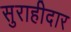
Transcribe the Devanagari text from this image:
सुराहीदार